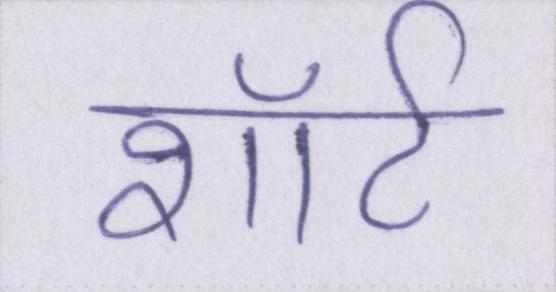
शॉर्ट